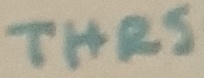
Text: THRS